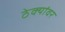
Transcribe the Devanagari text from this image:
ठेक्यांवर